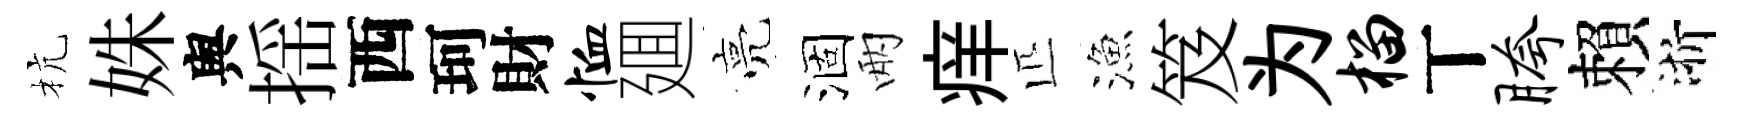
杭姝舆揺西珂財恤廽亮涸兩痒匹漁笈为榴丅胯賴浙